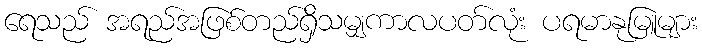
ရေသည် အရည်အဖြစ်တည်ရှိသမျှကာလပတ်လုံး ပရမာနုမြူများ